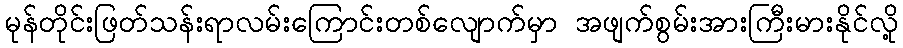
မုန်တိုင်းဖြတ်သန်းရာလမ်းကြောင်းတစ်လျောက်မှာ အဖျက်စွမ်းအားကြီးမားနိုင်လို့